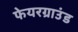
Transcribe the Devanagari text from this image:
फेयरग्राउंड